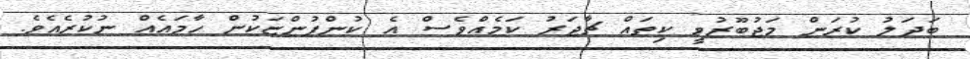
ބަދަލު ކުރަން މަޖުބޫރުވީ ކިތައް ޗާޖަރު ކަމެއްވެސް އެ ކުންފުންޏަކުން ހާމައެއް ނުކުރެއެވެ.